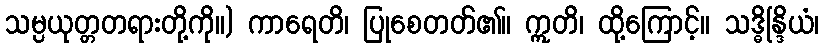
သမ္ပယုတ္တတရားတို့ကို။) ကာရေတိ၊ ပြုစေတတ်၏။ ဣတိ၊ ထို့ကြောင့်။ သဒ္ဓိန္ဒြိယံ၊